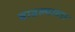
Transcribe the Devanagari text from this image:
वाढल्यावार